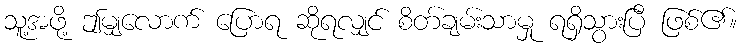
သူ့အဖို့ ဤမျှလောက် ပြောရ ဆိုရလျှင် စိတ်ချမ်းသာမှု ရရှိသွားပြီ ဖြစ်၏။